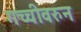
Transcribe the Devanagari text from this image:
गच्चीवरुन